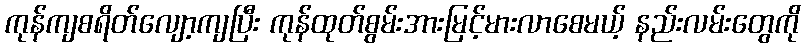
ကုန်ကျစရိတ်လျော့ကျပြီး ကုန်ထုတ်စွမ်းအားမြင့်မားလာစေမယ့် နည်းလမ်းတွေကို